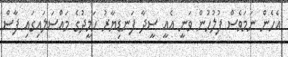
އެހެން ނަމަވެސް ފުލުހުން ވަނީ އެއީ ސީދާ ފަނޑިޔާރު ހަމީދުގެ މައްސަލައިގައި ފާސް